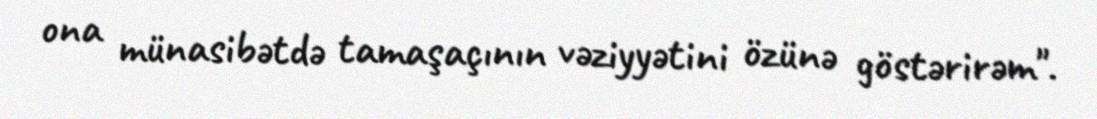
ona münasibətdə tamaşaçının vəziyyətini özünə göstərirəm".